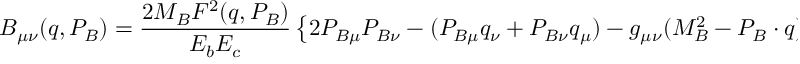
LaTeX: B _ { \mu \nu } ( q , P _ { B } ) = \frac { 2 M _ { B } F ^ { 2 } ( q , P _ { B } ) } { E _ { b } E _ { c } } \left\{ 2 P _ { B \mu } P _ { B \nu } - ( P _ { B \mu } q _ { \nu } + P _ { B \nu } q _ { \mu } ) - g _ { \mu \nu } ( M _ { B } ^ { 2 } - P _ { B } \cdot q ) - i \epsilon _ { \mu \nu \alpha \beta } P _ { B \alpha } q _ { \beta } \right\}